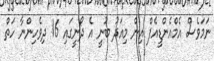
ނަމަވެސް އެމްއެންޑީއެފް އިން މިއަދު ބުނީ އެ ދޯނީގައި 16 ދިވެހިންނާ ހަތް